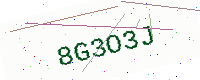
Text: 8G3O3J